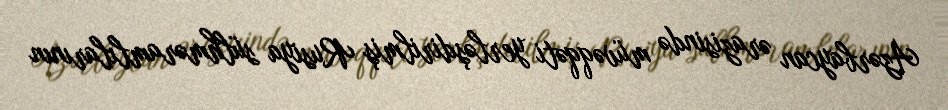
Azərbaycan ərazisində müvəqqəti yerləşdirilmiş Rusiya sülhməramlılarının